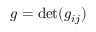
g = \operatorname* { d e t } ( g _ { i j } )